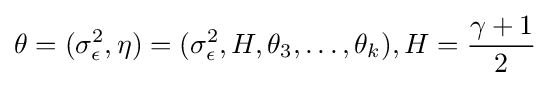
\theta =(\sigma _{\epsilon }^{2},\eta )=(\sigma _{\epsilon }^{2},H,\theta _{3},\ldots ,\theta _{k}),H={\frac {\gamma +1}{2}}